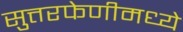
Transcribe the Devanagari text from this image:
सुत्तरफेणीमध्ये